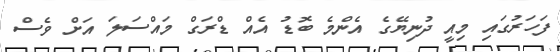
ފަހަރުގައި މިއީ ދުނިޔޭގެ އެންމެ ބޮޑު އެއް ޑްރަގް މައްސަލަ އަށް ވެސް